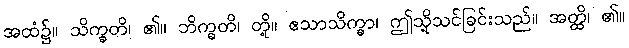
အထံ၌။ သိက္ခတိ၊ ၏။ ဘိက္ခတိ၊ တို့။ ဧသာသိက္ခာ၊ ဤသို့သင်ခြင်းသည်။ အတ္ထိ၊ ၏။